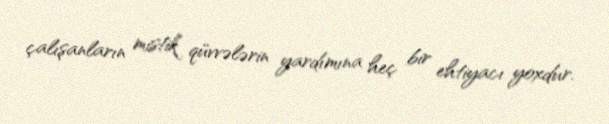
çalışanların mistik qüvvələrin yardımına heç bir ehtiyacı yoxdur.